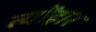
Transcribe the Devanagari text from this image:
त्योंहार